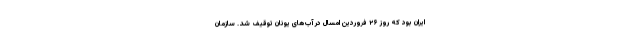
ایران بود که روز ۲۶ فروردین امسال در آب‌های یونان توقیف شد. سازمان